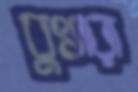
বুখারা